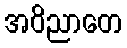
အဝိညာတေ